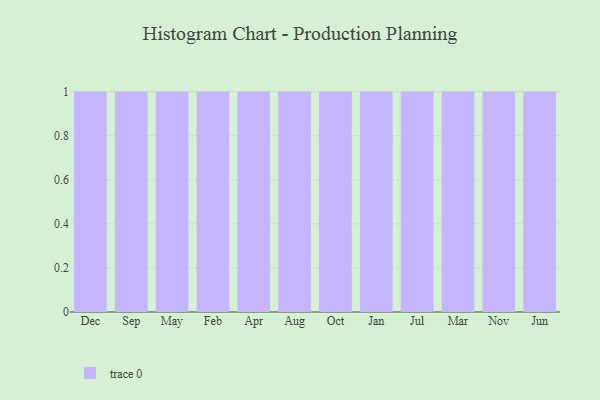
{"axis": {"x": "Month", "y": "Market Share (%)"}, "legend": [""], "data": [{"x": "Dec", "y": 46, "type": ""}, {"x": "Sep", "y": 65, "type": ""}, {"x": "May", "y": 87, "type": ""}, {"x": "Feb", "y": 22, "type": ""}, {"x": "Apr", "y": 79, "type": ""}, {"x": "Aug", "y": 40, "type": ""}, {"x": "Oct", "y": 76, "type": ""}, {"x": "Jan", "y": 81, "type": ""}, {"x": "Jul", "y": 99, "type": ""}, {"x": "Mar", "y": 77, "type": ""}, {"x": "Nov", "y": 24, "type": ""}, {"x": "Jun", "y": 98, "type": ""}]}